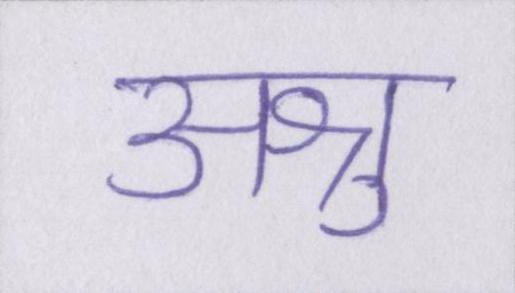
अश्रु